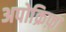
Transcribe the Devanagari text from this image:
अपोक्रिफ़ा